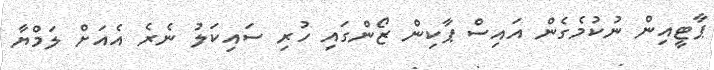
ޕާޓީއިން ނުކުމެގެން އައިސް ޕާކިން ޒޯންގައި ހުރި ސައިކަލު ނެރެ އެއަށް ލަމްޔާ